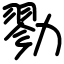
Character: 勠